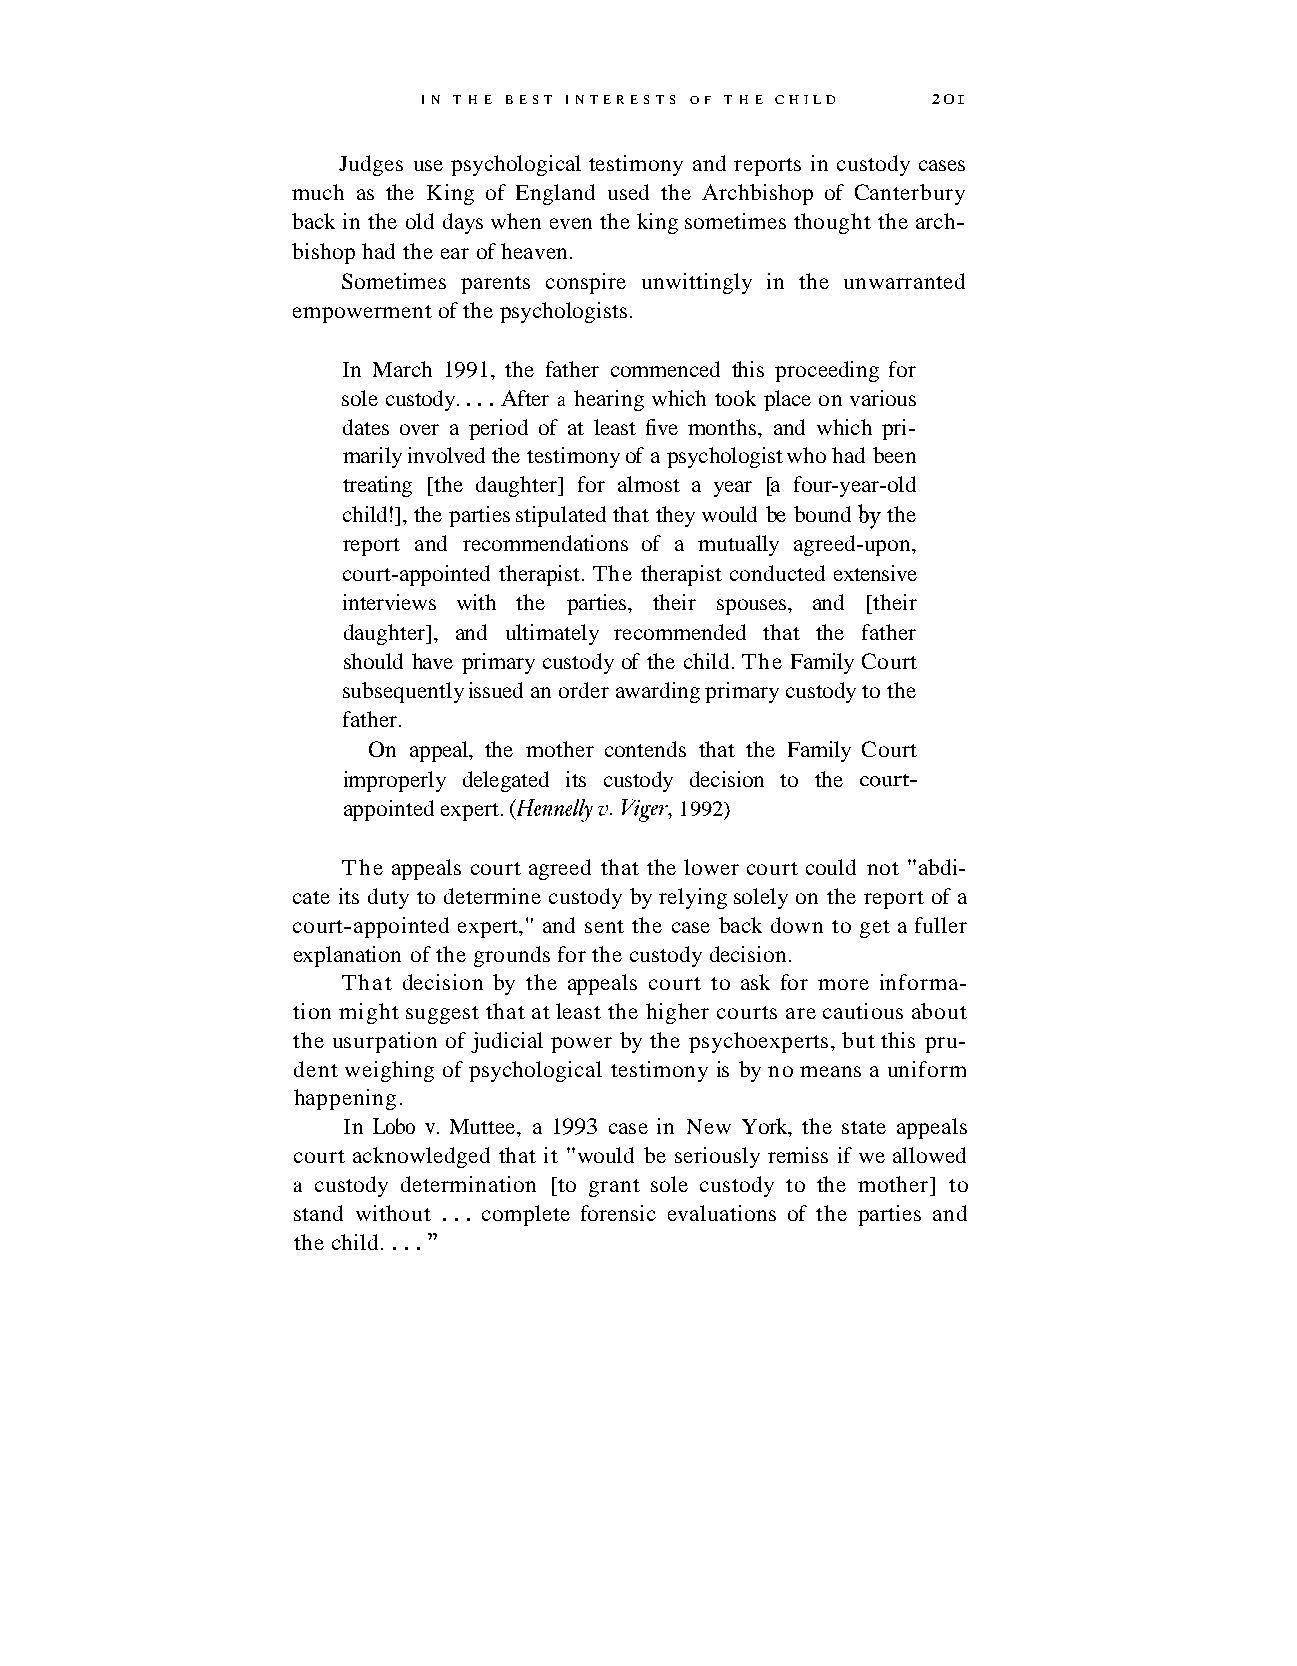
IN T H E BEST INTERESTS OF T H E CHILD 2 0 I
 Judges use psychological testimony and reports in custody cases
 much as the King of England used the Archbishop of Canterbury
 back in the old days when even the king sometimes thought the arch-
 bishop had the ear of heaven.
 Sometimes parents conspire unwittingly in the unwarranted
 empowerment of the psychologists.
 In March 1991, the father commenced this proceeding for
 sole custody. . . . After a hearing which took place on various
 dates over a period of at least five months, and which pri-
 marily involved the testimony of a psychologist who had been
 treating [the daughter] for almost a year [a four-year-old
 child!], the parties stipulated that they would be bound by the
 report and recommendations of a mutually agreed-upon,
 court-appointed therapist. The therapist conducted extensive
 interviews with the parties, their spouses, and [their
 daughter], and ultimately recommended that the father
 should have primary custody of the child. The Family Court
 subsequently issued an order awarding primary custody to the
 father.
 On appeal, the mother contends that the Family Court
 improperly delegated its custody decision to the court-
 appointed expert. (Hennelly v. Viger, 1992)
 The appeals court agreed that the lower court could not "abdi-
 cate its duty to determine custody by relying solely on the report of a
 court-appointed expert," and sent the case back down to get a fuller
 explanation of the grounds for the custody decision.
 That decision by the appeals court to ask for more informa-
 tion might suggest that at least the higher courts are cautious about
 the usurpation of judicial power by the psychoexperts, but this pru-
 dent weighing of psychological testimony is by no means a uniform
 happening.
 In Lobo v. Muttee, a 1993 case in New York, the state appeals
 court acknowledged that it "would be seriously remiss if we allowed
 a custody determination [to grant sole custody to the mother] to
 stand without . . . complete forensic evaluations of the parties and
 the child. . . .
 "